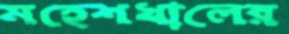
মহেশখালের